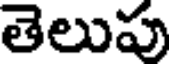
తెలుపు